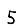
Digit: 5